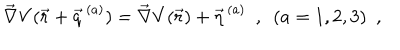
\vec { \nabla } V ( \vec { r } + \vec { q } ^ { \, ( a ) } ) = \vec { \nabla } V ( \vec { r } ) + \vec { \eta } ^ { \, ( a ) } ~ ~ , ~ ~ ( a = 1 , 2 , 3 ) ~ ~ ,